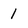
Character: 1